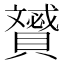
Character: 𧸠